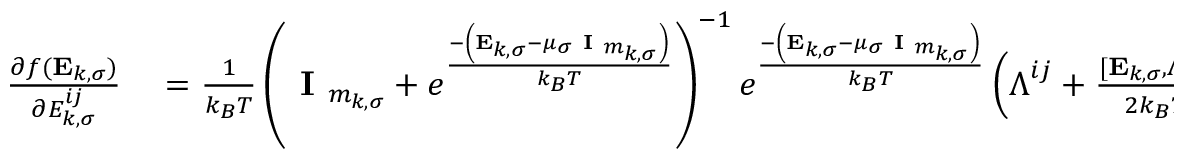
\begin{array} { r l } { \frac { \partial f ( \mathbf { E } _ { k , \sigma } ) } { \partial { E } _ { k , \sigma } ^ { i j } } } & { { } = \frac { 1 } { k _ { B } T } \left( \textbf { I } _ { m _ { k , \sigma } } + e ^ { \frac { - \left( \mathbf { E } _ { k , \sigma } - \mu _ { \sigma } \textbf { I } _ { m _ { k , \sigma } } \right) } { k _ { B } T } } \right) ^ { - 1 } e ^ { \frac { - \left( \mathbf { E } _ { k , \sigma } - \mu _ { \sigma } \textbf { I } _ { m _ { k , \sigma } } \right) } { k _ { B } T } } \left( \boldsymbol { \Lambda } ^ { i j } + \frac { [ \mathbf { E } _ { k , \sigma } , \boldsymbol { \Lambda } ^ { i j } ] } { 2 k _ { B } T } \right) } \end{array}